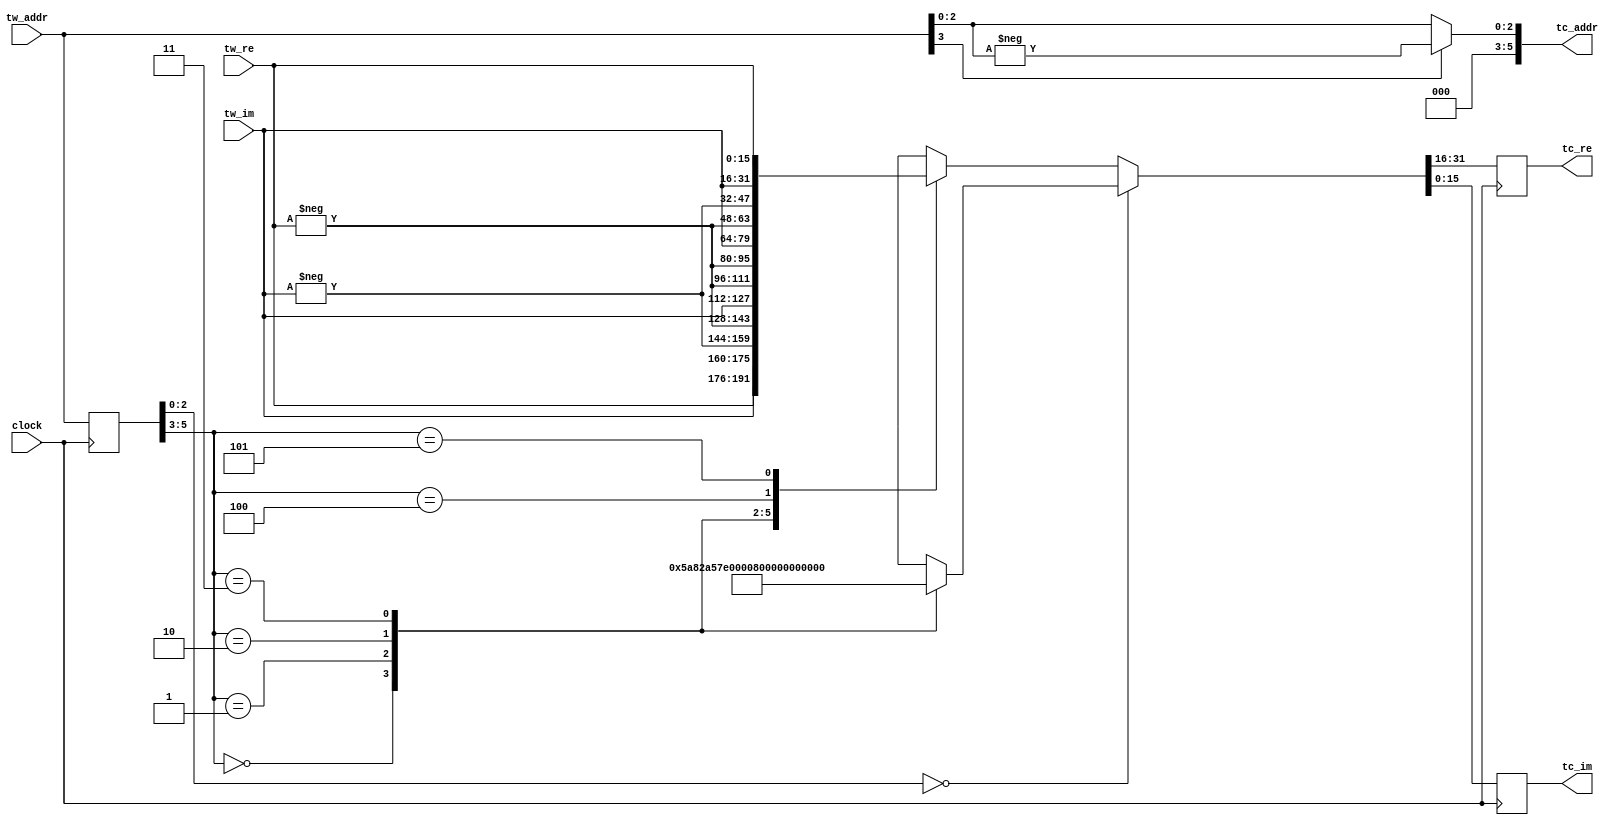
// This program was cloned from: https://github.com/nanamake/r22sdf
// License: MIT License

//----------------------------------------------------------------------
//  TwiddleConvert8: Convert Twiddle Value to Reduce Table Size to 1/8
//----------------------------------------------------------------------
module TwiddleConvert8 #(
    parameter   LOG_N = 6,      //  Address Bit Length
    parameter   WIDTH = 16,     //  Data Bit Length
    parameter   TW_FF = 1,      //  Use Twiddle Output Register
    parameter   TC_FF = 1       //  Use Output Register
)(
    input               clock,      //  Master Clock
    input   [LOG_N-1:0] tw_addr,    //  Twiddle Number
    input   [WIDTH-1:0] tw_re,      //  Twiddle Value (Real)
    input   [WIDTH-1:0] tw_im,      //  Twiddle Value (Imag)
    output  [LOG_N-1:0] tc_addr,    //  Converted Twiddle Number
    output  [WIDTH-1:0] tc_re,      //  Converted Twiddle Value (Real)
    output  [WIDTH-1:0] tc_im       //  Converted Twiddle Value (Imag)
);

//  Define Constants
localparam[WIDTH-1:0] COSMQ = (((32'h5A82799A<<1) >> (32-WIDTH)) + 1)>>1; // cos(-pi/4)
localparam[WIDTH-1:0] SINMH = 32'h80000000 >> (32-WIDTH); // sin(-pi/2)

//  Internal Nets
reg [LOG_N-1:0] ff_addr;
wire[LOG_N-1:0] sel_addr;
reg [WIDTH-1:0] mx_re;
reg [WIDTH-1:0] mx_im;
reg [WIDTH-1:0] ff_re;
reg [WIDTH-1:0] ff_im;

//  Convert Twiddle Number
assign  tc_addr[LOG_N-1:LOG_N-3] = 3'd0;
assign  tc_addr[LOG_N-4:0] = tw_addr[LOG_N-3] ? -tw_addr[LOG_N-4:0] : tw_addr[LOG_N-4:0];

//  Convert Twiddle Value
always @(posedge clock) begin
    ff_addr <= tw_addr;
end
assign  sel_addr = TW_FF ? ff_addr : tw_addr;

always @* begin
    if (sel_addr[LOG_N-4:0] == {LOG_N-3{1'b0}}) begin
        case (sel_addr[LOG_N-1:LOG_N-3])
        3'd0    : {mx_re, mx_im} <= {{WIDTH{1'b0}}, {WIDTH{1'b0}}};
        3'd1    : {mx_re, mx_im} <= { COSMQ       , -COSMQ       };
        3'd2    : {mx_re, mx_im} <= {{WIDTH{1'b0}},  SINMH       };
        3'd3    : {mx_re, mx_im} <= {-COSMQ       , -COSMQ       };
        default : {mx_re, mx_im} <= {{WIDTH{1'bx}}, {WIDTH{1'bx}}};
        endcase
    end else begin
        case (sel_addr[LOG_N-1:LOG_N-3])
        3'd0    : {mx_re, mx_im} <= { tw_re,  tw_im};
        3'd1    : {mx_re, mx_im} <= {-tw_im, -tw_re};
        3'd2    : {mx_re, mx_im} <= { tw_im, -tw_re};
        3'd3    : {mx_re, mx_im} <= {-tw_re,  tw_im};
        3'd4    : {mx_re, mx_im} <= {-tw_re, -tw_im};
        3'd5    : {mx_re, mx_im} <= { tw_im,  tw_re};
        default : {mx_re, mx_im} <= {{WIDTH{1'bx}}, {WIDTH{1'bx}}};
        endcase
    end
end
always @(posedge clock) begin
    ff_re <= mx_re;
    ff_im <= mx_im;
end

assign  tc_re = TC_FF ? ff_re : mx_re;
assign  tc_im = TC_FF ? ff_im : mx_im;

endmodule